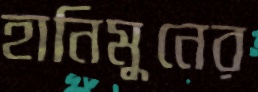
হানিমুনের